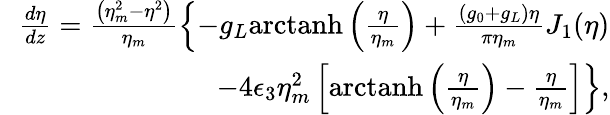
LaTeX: \begin{array}{rlr}&{}&{\! \! \! \! \! \! \! \! \frac{d\eta}{dz}=\frac{\left(\eta_{m}^{2}-\eta^{2}\right)}{\eta_{m}}\left\{ -g_{L}\mathrm{arctanh}\left(\frac{\eta}{\eta_{m}}\right)+\frac{(g_{0}+g_{L})\eta}{\pi\eta_{m}}J_{1}(\eta)\right.}\\ &{}&{\! \! \! \! \! \! \! \! \! \left.-4\epsilon_{3}\eta_{m}^{2}\left[\mathrm{arctanh}\left(\frac{\eta}{\eta_{m}}\right)-\frac{\eta}{\eta_{m}}\right]\right\} ,}\end{array}